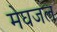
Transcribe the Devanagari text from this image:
मेघजल